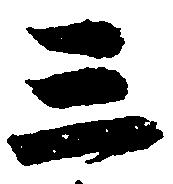
三